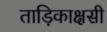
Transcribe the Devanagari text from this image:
ताड़िकाक्षसी